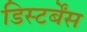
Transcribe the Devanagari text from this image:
डिस्टर्बेंस